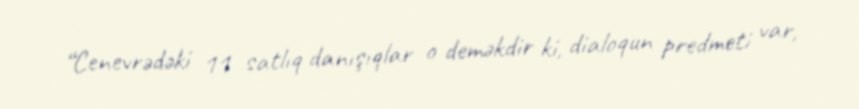
“Cenevrədəki 11 satlıq danışıqlar o deməkdir ki, dialoqun predmeti var,